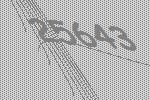
25643